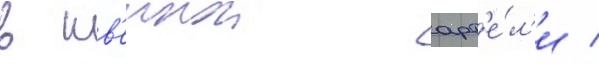
в шв'еинои арт'е́л'и /